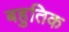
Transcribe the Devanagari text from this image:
बहुतिक